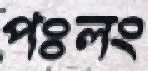
পঃলং